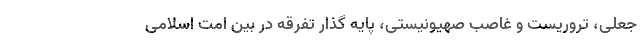
جعلی، تروریست و غاصب صهیونیستی، پایه‌ گذار تفرقه در بین امت اسلامی